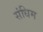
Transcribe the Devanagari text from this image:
संधिम